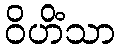
ဝိဟိံသာ